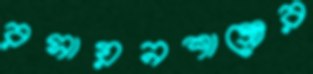
রসায়নশাস্ত্রের